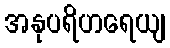
အနုပရိဟရေယျ